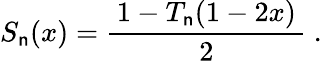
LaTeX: S_{\mathsf{n}}(x)={\frac{{\, 1-T_{\mathsf{n}}(1-2x)\, }}{{2}}}~.